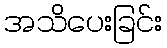
အသိပေးခြင်း